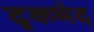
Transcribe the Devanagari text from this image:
दृकभेद